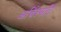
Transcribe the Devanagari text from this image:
अर्चिश्मति